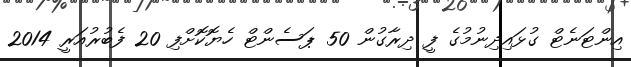
އިންޓަނެޓް ގުޅައިދިނުމުގެ ފީ ދިރާގުން 50 ޕަސެންޓް ހެޔޮކޮށްފި 20 ފެބުރުއަރީ 2014